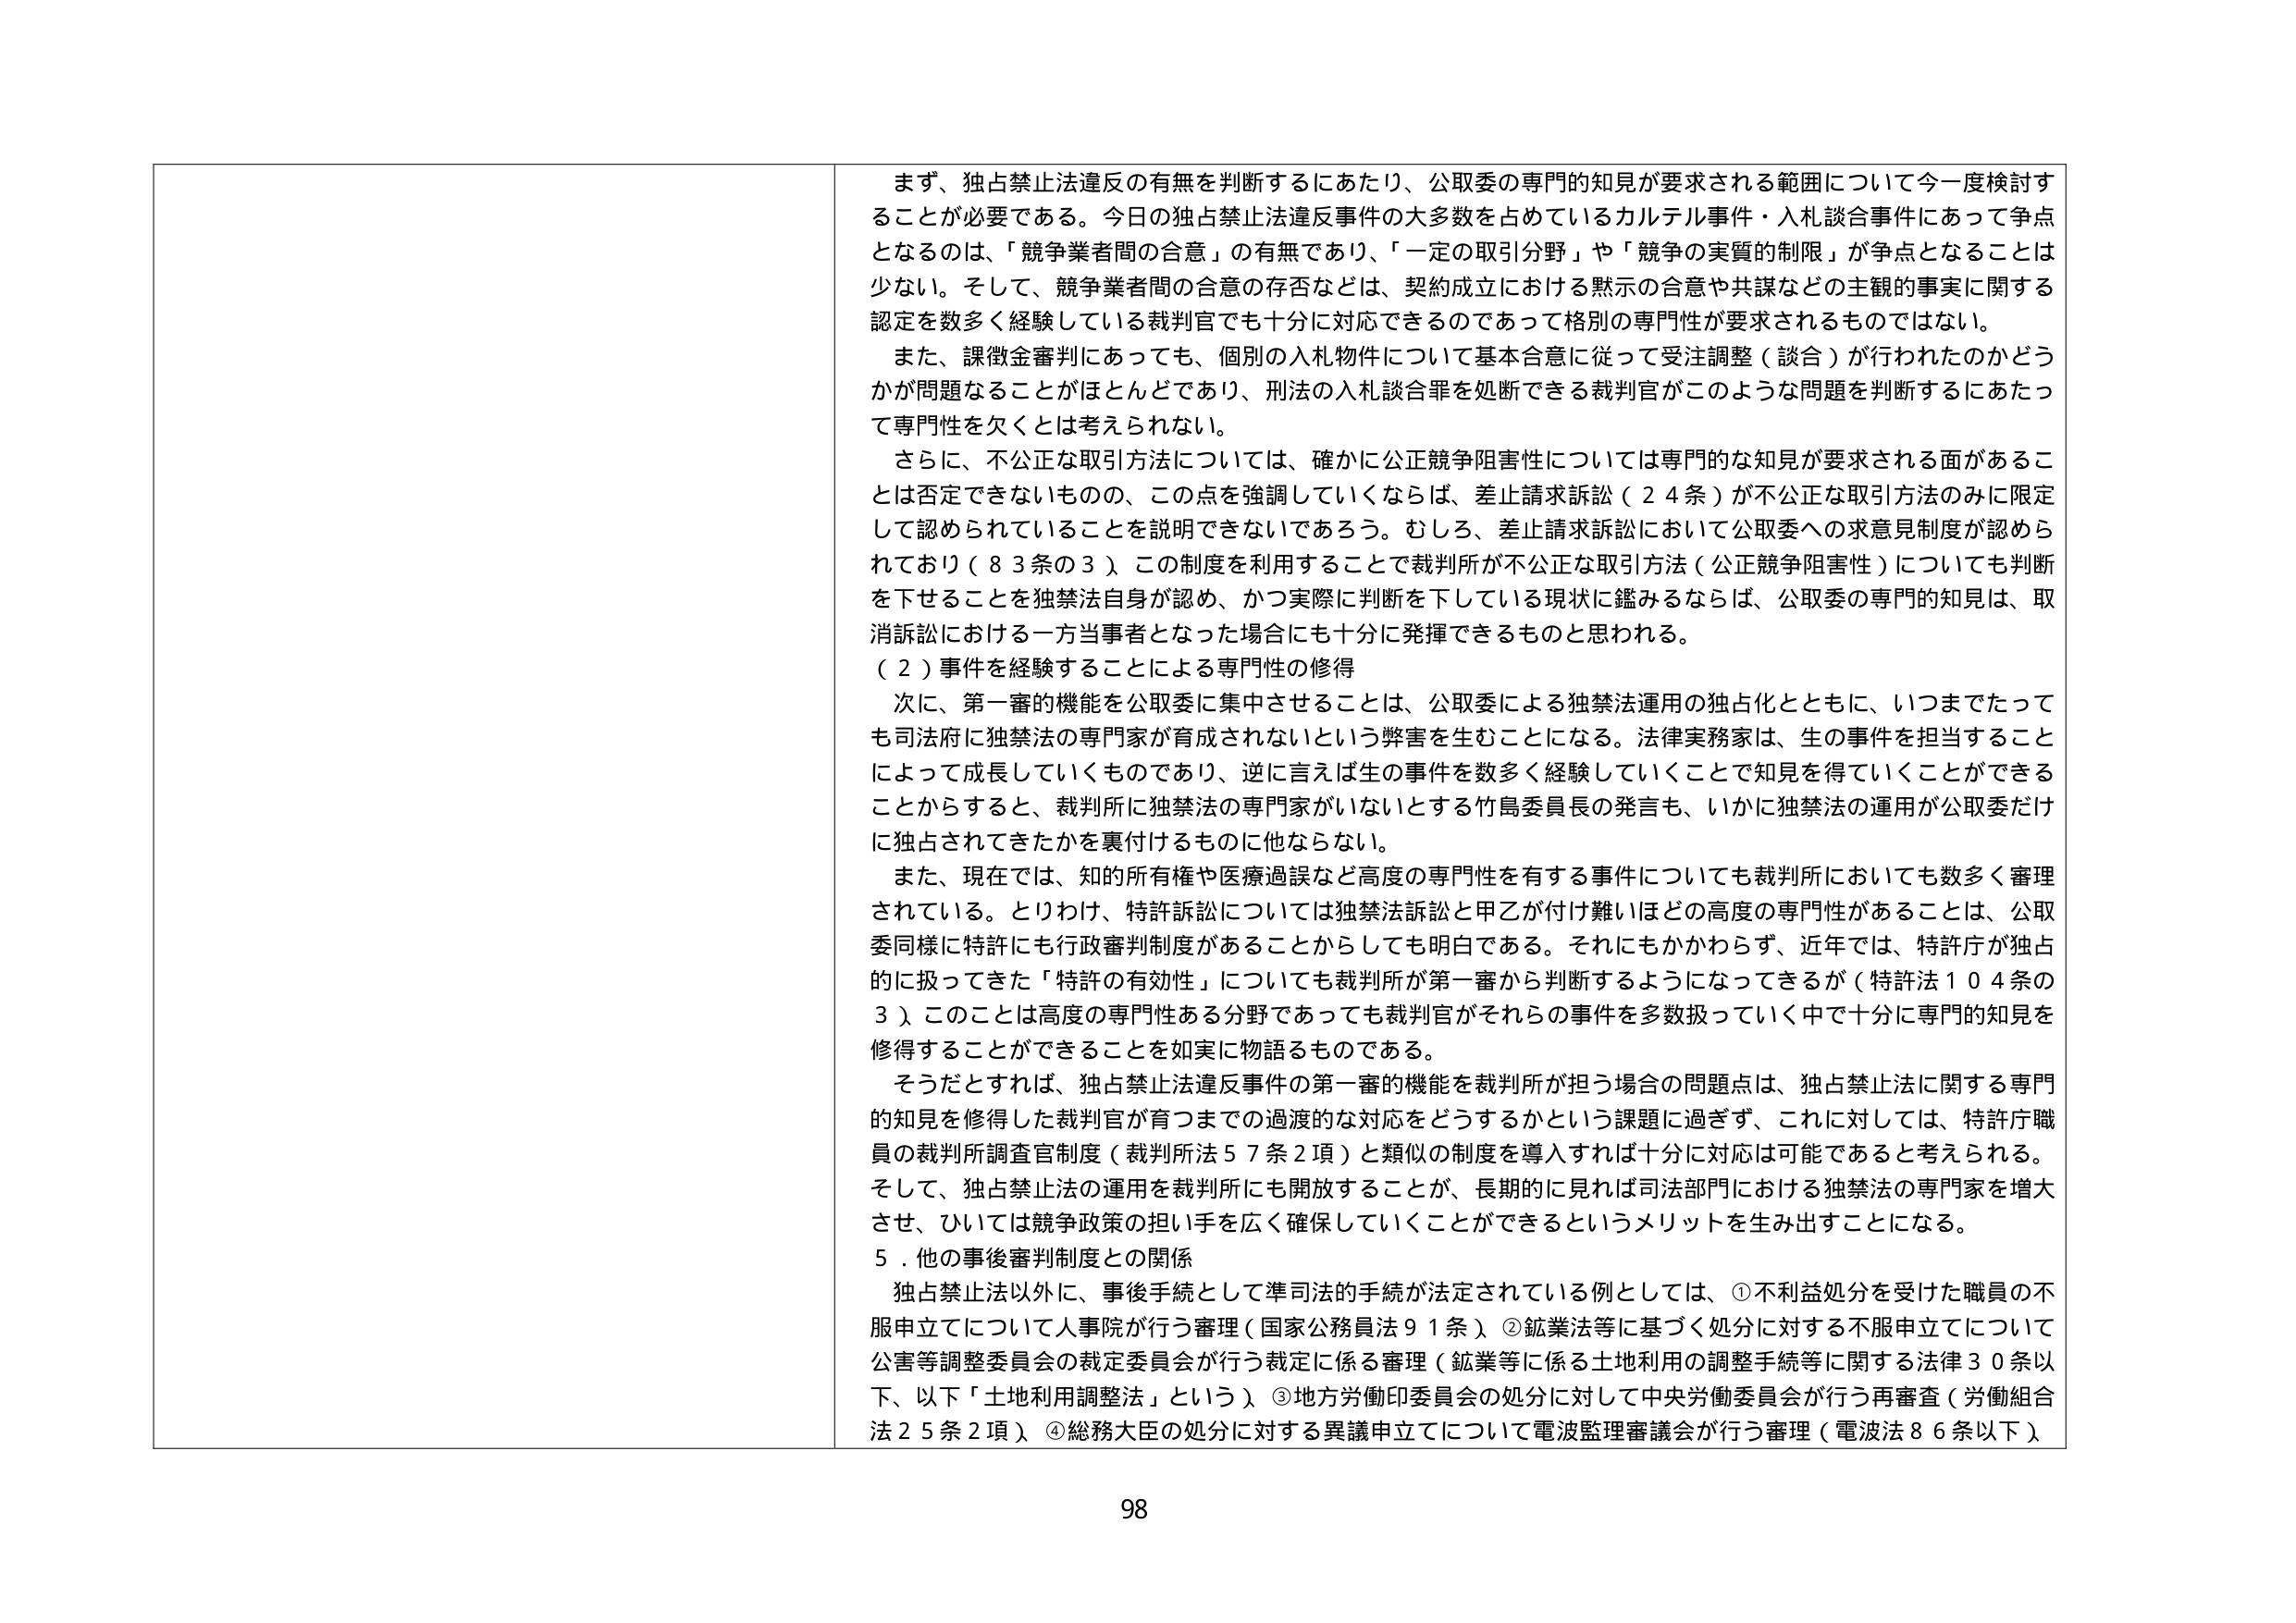
まず、独占禁止法違反の有無を判断するにあたり、公取委の専門的知見が要求される範囲について今一度検討することが必要である。今日の独占禁止法違反事件の大多数を占めているカルテル事件・入札談合事件にあって争点となるのは、「競争業者間の合意」の有無であり、「一定の取引分野」や「競争の実質的制限」が争点となることは少ない。そして、競争業者間の合意の存否などは、契約成立における黙示の合意や共謀などの主観的事実に関する認定を数多く経験している裁判官でも十分に対応できるのであって格別の専門性が要求されるものではない。

また、課徴金審判にあっても、個別の入札物件について基本合意に従って受注調整（談合）が行われたのかどうかが問題なることがほとんどであり、刑法の入札談合罪を処断できる裁判官がこのような問題を判断するにあたって専門性を欠くとは考えられない。

さらに、不公正な取引方法については、確かに公正競争阻害性については専門的な知見が要求される面があることは否定できないものの、この点を強調していくならば、差止請求訴訟（２４条）が不公正な取引方法のみに限定して認められていることを説明できないであろう。むしろ、差止請求訴訟において公取委への求意見制度が認められており（８３条の３）、この制度を利用することで裁判所が不公正な取引方法（公正競争阻害性）についても判断を下せることを独禁法自身が認め、かつ実際に判断を下している現状に鑑みるならば、公取委の専門的知見は、取消訴訟における一方当事者となった場合にも十分に発揮できるものと思われる。

（２）事件を経験することによる専門性の修得

次に、第一審的機能を公取委に集中させることは、公取委による独禁法運用の独占化とともに、いつまでたっても司法府に独禁法の専門家が育成されないという弊害を生むことになる。法律実務家は、生の事件を担当することによって成長していくものであり、逆に言えば生の事件を数多く経験していくことで知見を得ていくことができるからすると、裁判所に独禁法の専門家がいないとする竹島委員長の発言も、いかに独禁法の運用が公取委だけに独占されてきたかを裏付けるものに他ならない。

また、現在では、知的所有権や医療過誤など高度の専門性を有する事件についても裁判所においても数多く審理されている。とりわけ、特許訴訟については独禁法訴訟と甲乙が付け難いほどの高度の専門性があることは、公取委同様に特許にも行政審判制度があることからしても明白である。それにもかかわらず、近年では、特許庁が独占的に扱ってきた「特許の有効性」についても裁判所が第一審から判断するようになってきるが（特許法１０４条の３）、このことは高度の専門性ある分野であっても裁判官がそれらの事件を多数扱っていく中で十分に専門的知見を修得することができることを如実に物語るものである。

そうだとすれば、独占禁止法違反事件の第一審的機能を裁判所が担う場合の問題点は、独占禁止法に関する専門的知見を修得した裁判官が育つまでの過渡的な対応をどうするかという課題に過ぎず、これに対しては、特許庁職員の裁判所調査官制度（裁判所法５７条２項）と類似の制度を導入すれば十分に対応は可能であると考えられる。そして、独占禁止法の運用を裁判所にも開放することが、長期的に見れば司法部門における独禁法の専門家を増大させ、ひいては競争政策の担い手を広く確保していくことができるというメリットを生み出すことになる。

５．他の事後審判制度との関係

独占禁止法以外に、事後手続として準司法的手続が法定されている例としては、①不利益処分を受けた職員の不服申立について人事院が行う審理（国家公務員法９１条）、②鉱業法等に基づく処分に対する不服申立について公害等調整委員会の裁定委員会が行う裁定に係る審理（鉱業等に係る土地利用の調整手続等に関する法律３０条以下、以下「土地利用調整法」という）、③地方労働印委員会の処分に対して中央労働委員会が行う再審査（労働組合法２５条２項）、④総務大臣の処分に対する異議申立てについて電波監理審議会が行う審理（電波法８６条以下）。

98